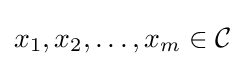
x_{1},x_{2},\ldots ,x_{m}\in {\mathcal {C}}